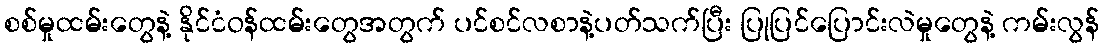
စစ်မှုထမ်းတွေနဲ့ နိုင်ငံဝန်ထမ်းတွေအတွက် ပင်စင်လစာနဲ့ပတ်သက်ပြီး ပြုပြင်ပြောင်းလဲမှုတွေနဲ့ ကမ်းလွန်